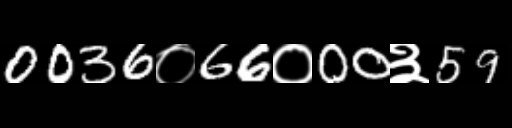
Text: 0036०66०00३59